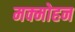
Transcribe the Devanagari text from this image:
मक्मोहन